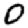
Digit: 0